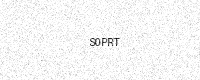
Text: S0PRT